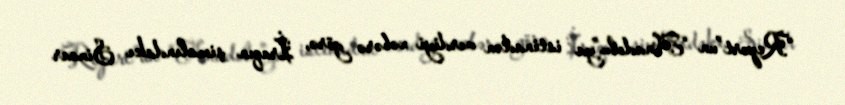
“Report”un “Anadolu”ya istinadən verdiyi xəbərə görə, İraqın şimalındakı Sincar